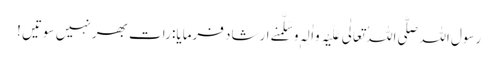
رسول اللہ صَلَّی اللہُ تَعَالٰی عَلَیْہِ وَاٰلِہٖ وَسَلَّمَنے ارشاد فرمایا: رات بھر نہیں سوتیں !